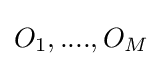
O_{1},....,O_{M}